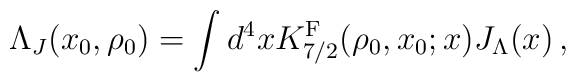
\Lambda_{J}(x_0,\rho_0) = \int d^4 x K^{\rm F}_{7/2}(\rho_0,x_{0};x) J_{\Lambda}(x) \, ,